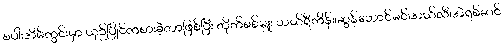
စပါးအိမ်ကွင်းမှာ ယှဉ်ပြိုင်ကစားခဲ့တာဖြစ်ပြီး တိုက်စစ်မှူး ဟယ်ရီကိန်း၊ဆွန်ဟောင်မင်၊အယ်လီ၊အဲရစ်ဆင်